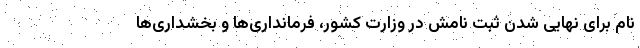
نام برای نهایی شدن ثبت نامش در وزارت کشور، فرمانداری‌ها و بخشداری‌ها